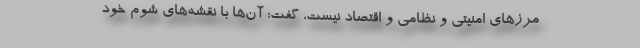
مرزهای امنیتی و نظامی و اقتصاد نیست، گفت: آن‌ها با نقشه‌های شوم خود